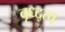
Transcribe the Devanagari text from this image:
वृध्द्त्व